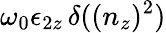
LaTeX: \omega_{0}\epsilon_{2z}\, \delta((n_{z})^{2})